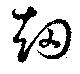
烟